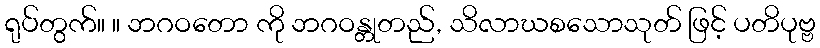
ရုပ်တွက်။ ။ ဘဂဝတော ကို ဘဂဝန္တုတည်, သိလာဃစသောသုတ် ဖြင့် ပတိပုဗ္ဗ